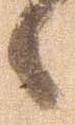
候